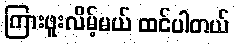
ကြားဖူးလိမ့်မယ် ထင်ပါတယ်